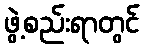
ဖွဲ့စည်းရာတွင်